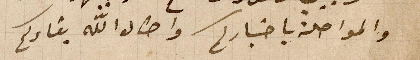
والمواصلة باخباركم واطال الله بقاءكم